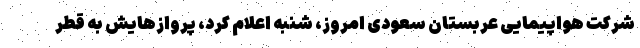
شرکت هواپیمایی عربستان سعودی امروز، شنبه اعلام کرد، پروازهایش به قطر